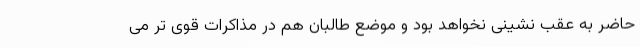
حاضر به عقب نشینی نخواهد بود و موضع طالبان هم در مذاکرات قوی تر می